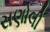
સણોલી